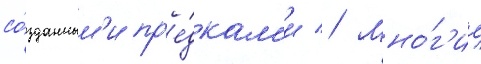
со́зданным'и пр'е́дкам'и // Мно́г'ие